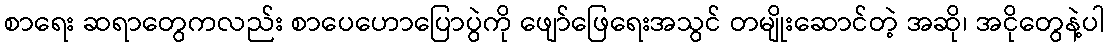
စာရေး ဆရာတွေကလည်း စာပေဟောပြောပွဲကို ဖျော်ဖြေရေးအသွင် တမျိုးဆောင်တဲ့ အဆို၊ အငိုတွေနဲ့ပါ